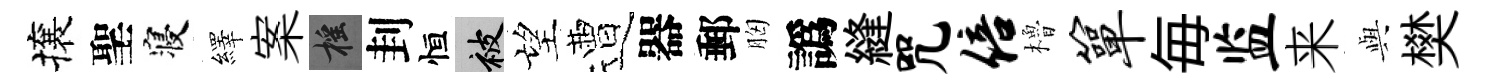
攘聖寝繹案摇刲恒被望遭器郵胸譌縫咒倍櫓箪毎监来𫤰樊